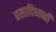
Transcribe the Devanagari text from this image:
रसादिध्वनी